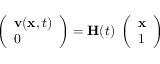
\left( \begin{array} { l } { { \mathbf v } ( { \mathbf x } , t ) } \\ { 0 } \end{array} \right) = { \mathbf H } ( t ) \; \left( \begin{array} { l } { { \mathbf x } } \\ { 1 } \end{array} \right)